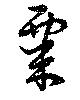
粟